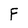
Character: F